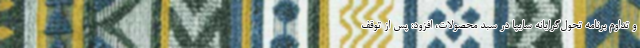
و تداوم برنامه تحول‌گرایانه سایپا در سبد محصولات، افزود: پس از توقف